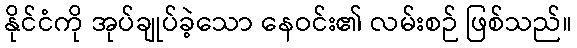
နိုင်ငံကို အုပ်ချုပ်ခဲ့သော နေဝင်း၏ လမ်းစဉ် ဖြစ်သည်။